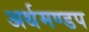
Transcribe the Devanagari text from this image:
अर्थमण्डप